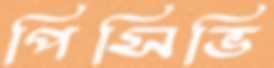
পিসিভি